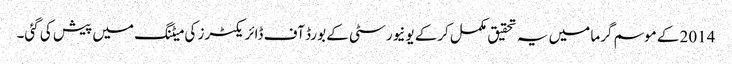
2014 کے موسم گرما میں یہ تحقیق مکمل کرکے یونیورسٹی کے بورڈ آف ڈائریکٹرز کی میٹنگ میں پیش کی گئی۔